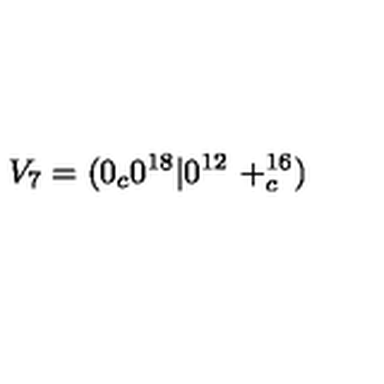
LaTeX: V _ { 7 } = ( 0 _ { c } 0 ^ { 1 8 } | 0 ^ { 1 2 } \ + _ { c } ^ { 1 6 } )